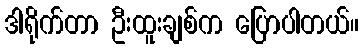
ဒါရိုက်တာ ဦးထူးချစ်က ပြောပါတယ်။